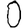
Digit: 0